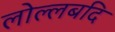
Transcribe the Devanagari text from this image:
लोल्लबदि